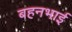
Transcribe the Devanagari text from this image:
बहनभाई